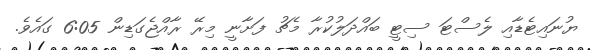
ޔުނައިޓެޑާއި ލެސްޓަ ސިޓީ ބައްދަލުކުރާ މެޗު ފަށާނީ މިރޭ ރާއްޖެގަޑިން 6:05 ގައެވެ.